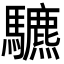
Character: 䮽